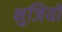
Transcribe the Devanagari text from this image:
भुजियों